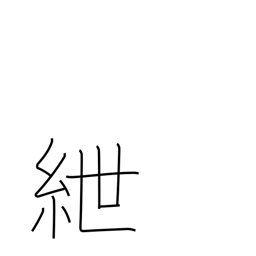
Meaning: fetters